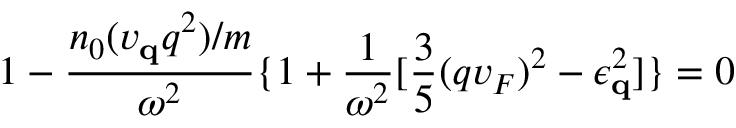
1 - \frac { n _ { 0 } ( v _ { { \bf { q } } } q ^ { 2 } ) / m } { \omega ^ { 2 } } \{ 1 + \frac { 1 } { \omega ^ { 2 } } [ \frac { 3 } { 5 } ( q v _ { F } ) ^ { 2 } - \epsilon _ { { \bf { q } } } ^ { 2 } ] \} = 0